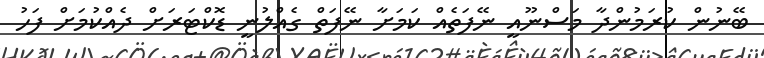
ބޭނުން ކުރަމުންދާ މަސްނޫއީ ނޭފަތެއް ކަމަށާ ނޭފަތް ގެއްލުނީ ޑޮކްޓަރަށް ދެއްކުމަށް ފަހު